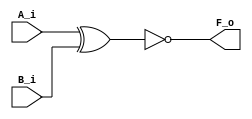
module xnor_gate(
    input   A_i,
    input   B_i,
    output  F_o
);
    
    assign F_o = !(A_i ^ B_i);

endmodule